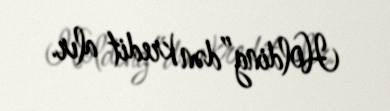
Holding”dən kredit alır.